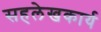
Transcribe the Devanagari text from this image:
सहलेखकार्य